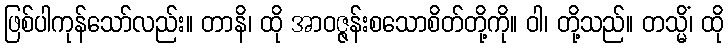
ဖြစ်ပါကုန်သော်လည်း။ တာနိ၊ ထို အာဝဇ္ဇန်းစသောစိတ်တို့ကို။ ဝါ၊ တို့သည်။ တသ္မိံ၊ ထို